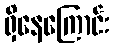
ရှိနေကြောင်း